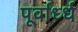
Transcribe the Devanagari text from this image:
पूर्वार्ध्ध